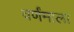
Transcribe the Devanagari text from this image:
वर्णंमाला